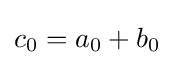
c_{0}=a_{0}+b_{0}